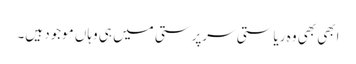
ابھی بھی وہ ریاستی سرپرستی میں ہی وہاں موجود ہیں۔